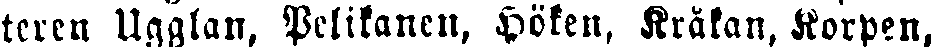
teren Ugglan, Pelikanen, Höken, Kråkan, Korpen,